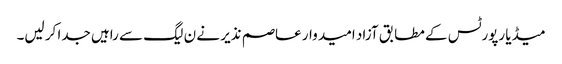
میڈیا رپورٹس کے مطابق آزاد امید وار عاصم نذیر نے ن لیگ سے راہیں جدا کر لیں۔